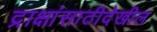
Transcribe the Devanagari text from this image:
द्राक्षांसाठीदेखील